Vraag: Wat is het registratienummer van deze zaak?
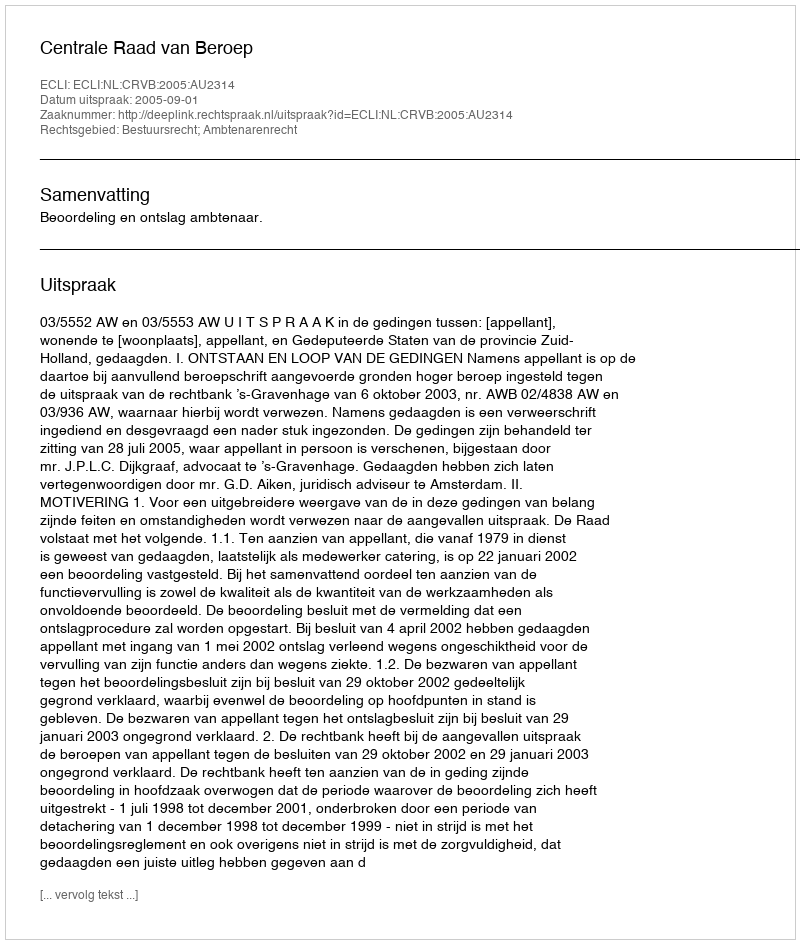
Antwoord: http://deeplink.rechtspraak.nl/uitspraak?id=ECLI:NL:CRVB:2005:AU2314